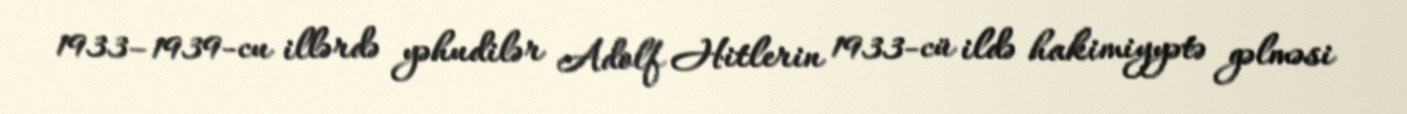
1933–1939-cu illərdə yəhudilər Adolf Hitlerin 1933-cü ildə hakimiyyətə gəlməsi